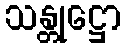
သန္တုဋ္ဌော